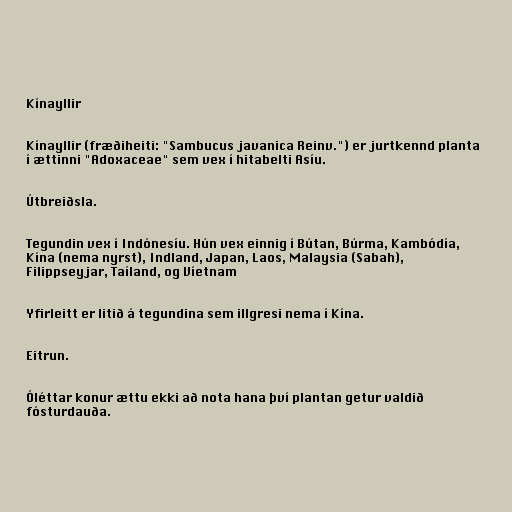
Kínayllir

Kínayllir (fræðiheiti: "Sambucus javanica Reinv.") er jurtkennd planta
í ættinni "Adoxaceae" sem vex í hitabelti Asíu.

Útbreiðsla.

Tegundin vex í Indónesíu. Hún vex einnig í Bútan, Búrma, Kambódía,
Kína (nema nyrst), Indland, Japan, Laos, Malaysia (Sabah),
Filippseyjar, Taíland, og Víetnam

Yfirleitt er litið á tegundina sem illgresi nema í Kína.

Eitrun.

Óléttar konur ættu ekki að nota hana því plantan getur valdið
fósturdauða.